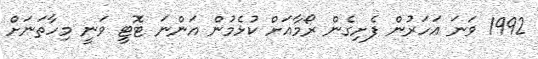
1992 ވަނަ އަހަރުން ފެށިގެން ރޯމާއަށް ކުޅެމުން އަންނަ ޓޮޓީ ވަނީ މިހާތަނަށް